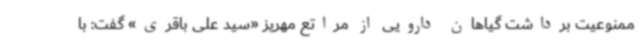
ممنوعیت برداشت گیاهان دارویی از مراتع مهریز «سید علی باقری» گفت: با